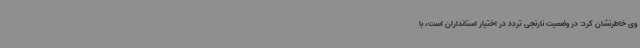
وی خاطرنشان کرد: در وضعیت نارنجی تردد در اختیار استانداران است، با